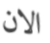
الان